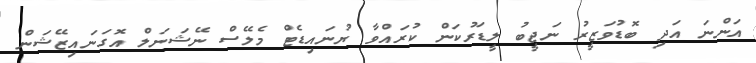
އަންނަ އަދި ބޮޑުވަޒީރު ނަޖީބު ލީޑަރުކަން ކުރައްވާ ޔުނައިޑެޓް މެލޭސް ނޭޝަނަލް އޮގަނައިޒޭޝަން